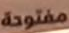
مفتوحة